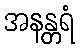
အနန္တရံ